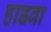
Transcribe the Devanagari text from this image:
हाडवा